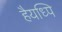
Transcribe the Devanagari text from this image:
हैयध्पि